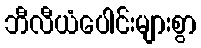
ဘီလီယံပေါင်းများစွာ